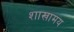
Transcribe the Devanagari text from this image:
शाखामय